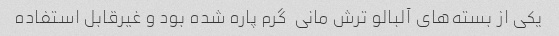
یکی از بسته‌های آلبالو ترش مانی  گرم پاره شده بود و غیرقابل استفاده